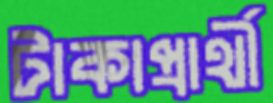
টাকাপ্রার্থী